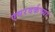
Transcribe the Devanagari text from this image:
एयरवर्कच्या